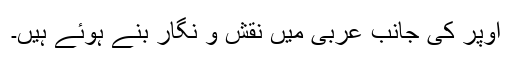
اوپر کی جانب عربی میں نقش و نگار بنے ہوئے ہیں۔